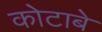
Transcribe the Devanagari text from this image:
कोटाबे